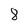
Character: 8